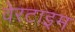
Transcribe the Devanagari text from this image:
वेरटाइम